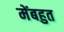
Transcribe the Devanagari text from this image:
मेंबहुत